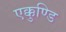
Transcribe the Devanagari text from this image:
एक्कुण्डि